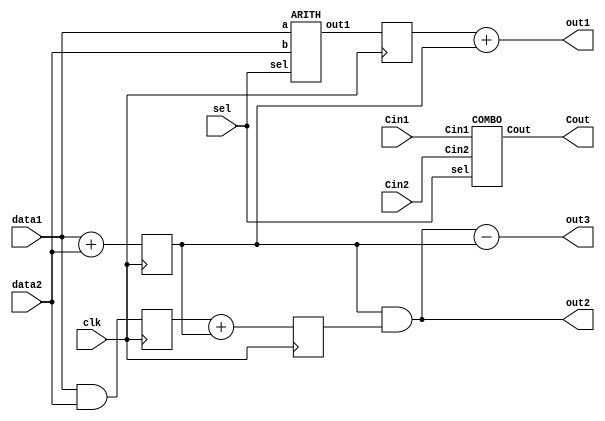
// This program was cloned from: https://github.com/abdelazeem201/ASIC-Design-Roadmap
// License: MIT License


module MY_DESIGN ( Cin1, Cin2, Cout, data1, data2, sel, clk, out1, out2, out3);
  input [4:0] Cin1, Cin2, data1, data2;
  input sel, clk;
  output [4:0] Cout, out1, out2, out3;
  reg   [4:0] R1, R2, R3, R4, out1, out2, out3;
  wire   [4:0] arth_o;

  ARITH U1_ARITH ( .a(data1), .b(data2), .sel(sel), .out1(arth_o) );
  COMBO U_COMBO ( .Cin1(Cin1), .Cin2(Cin2), .sel(sel), .Cout(Cout) );


always @ (posedge clk)
  begin
    R1 <= arth_o;
    R2 <= data1 & data2;
    R3 <= data1 + data2;
    R4 <= R2 + R3;
  end

always @ (out2, R1, R3, R4)
  begin
    out1 <= R1 + R3;
    out2 <= R3 & R4;
    out3 <= out2 - R3;
  end

endmodule





module ARITH ( a, b, sel, out1 );
  input [4:0] a, b;
  input sel;
  output [4:0] out1;
  reg [4:0] out1;

always @(sel, a, b)

  begin
    case({sel})
        1'b0: out1 <= a + b;
        1'b1: out1 <= a - b;
    endcase
  end



endmodule




module COMBO ( Cin1, Cin2, sel, Cout );
  input [4:0] Cin1, Cin2;
  input sel;
  output [4:0] Cout;
  reg [4:0] Cout;

  wire   [4:0] arth_o;

  ARITH U2_ARITH ( .a(Cin1), .b(Cin2), .sel(sel), .out1(arth_o) );

always @ (Cin1, arth_o)
  begin
    Cout <= arth_o + Cin1;
  end

endmodule